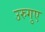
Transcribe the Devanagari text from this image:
उरुगुए